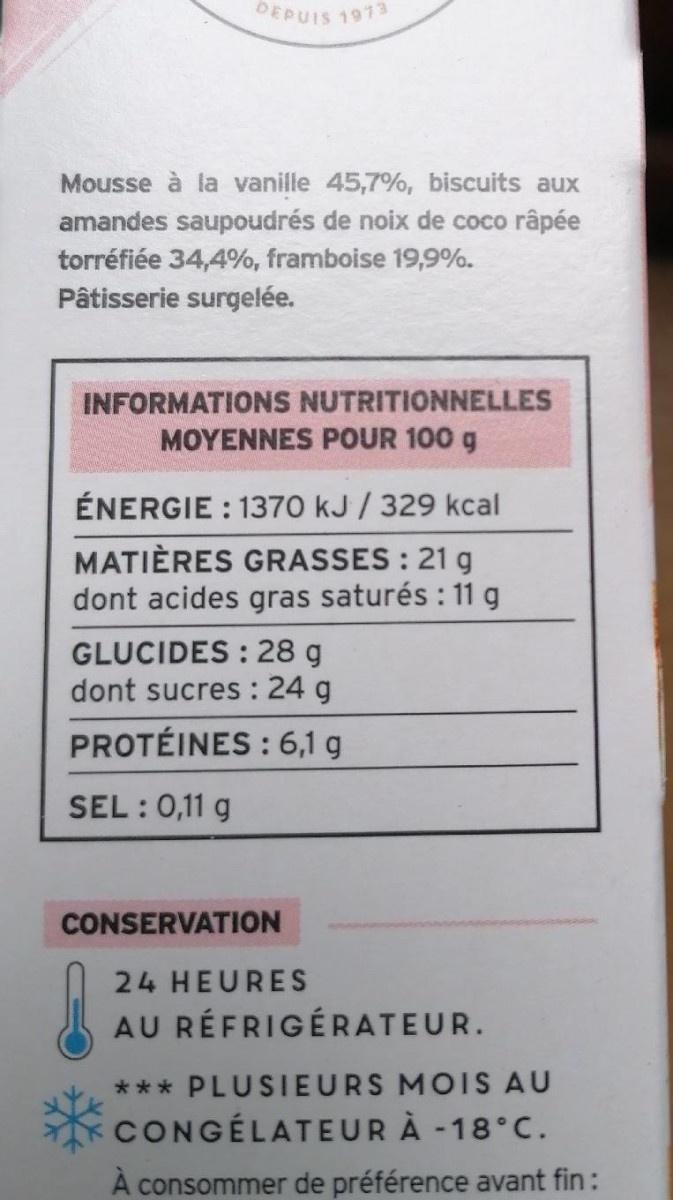
DEPUIS 1973
Mousse à la vanille 45,7%, biscuits aux amandes saupoudrés de noix de coco râpée
torréfiée 34,4%, framboise 19,9%.
Pâtisserie surgelée.
INFORMATIONS NUTRITIONNELLES
MOYENNES POUR 100 g
ÉNERGIE : 1370 kJ / 329 kcal
MATIÈRES GRASSES : 21 g dont acides gras saturés : 11 g
GLUCIDES : 28 g dont sucres : 24 g
PROTÉINES : 6,1 g
SEL:0,11 g
CONSERVATION
24 HEURES
AU RÉFRIGÉRATEUR.
*** PLUSIEURS MOIS AU
CONGÉLATEUR À -18°C.
A consommer de préférence avant fin: